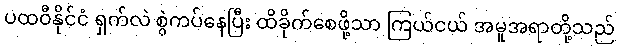
ပထဝီနိုင်ငံ ရှက်လဲ စွဲကပ်နေပြီး ထိခိုက်စေဖို့သာ ကြယ်ငယ် အမူအရာတို့သည်